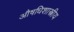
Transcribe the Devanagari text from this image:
औषधिशास्त्रीय